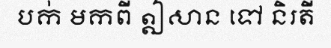
បក់ មកពី ឦសាន ទៅ និរតី